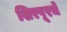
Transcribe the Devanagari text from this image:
शिरपूरचे